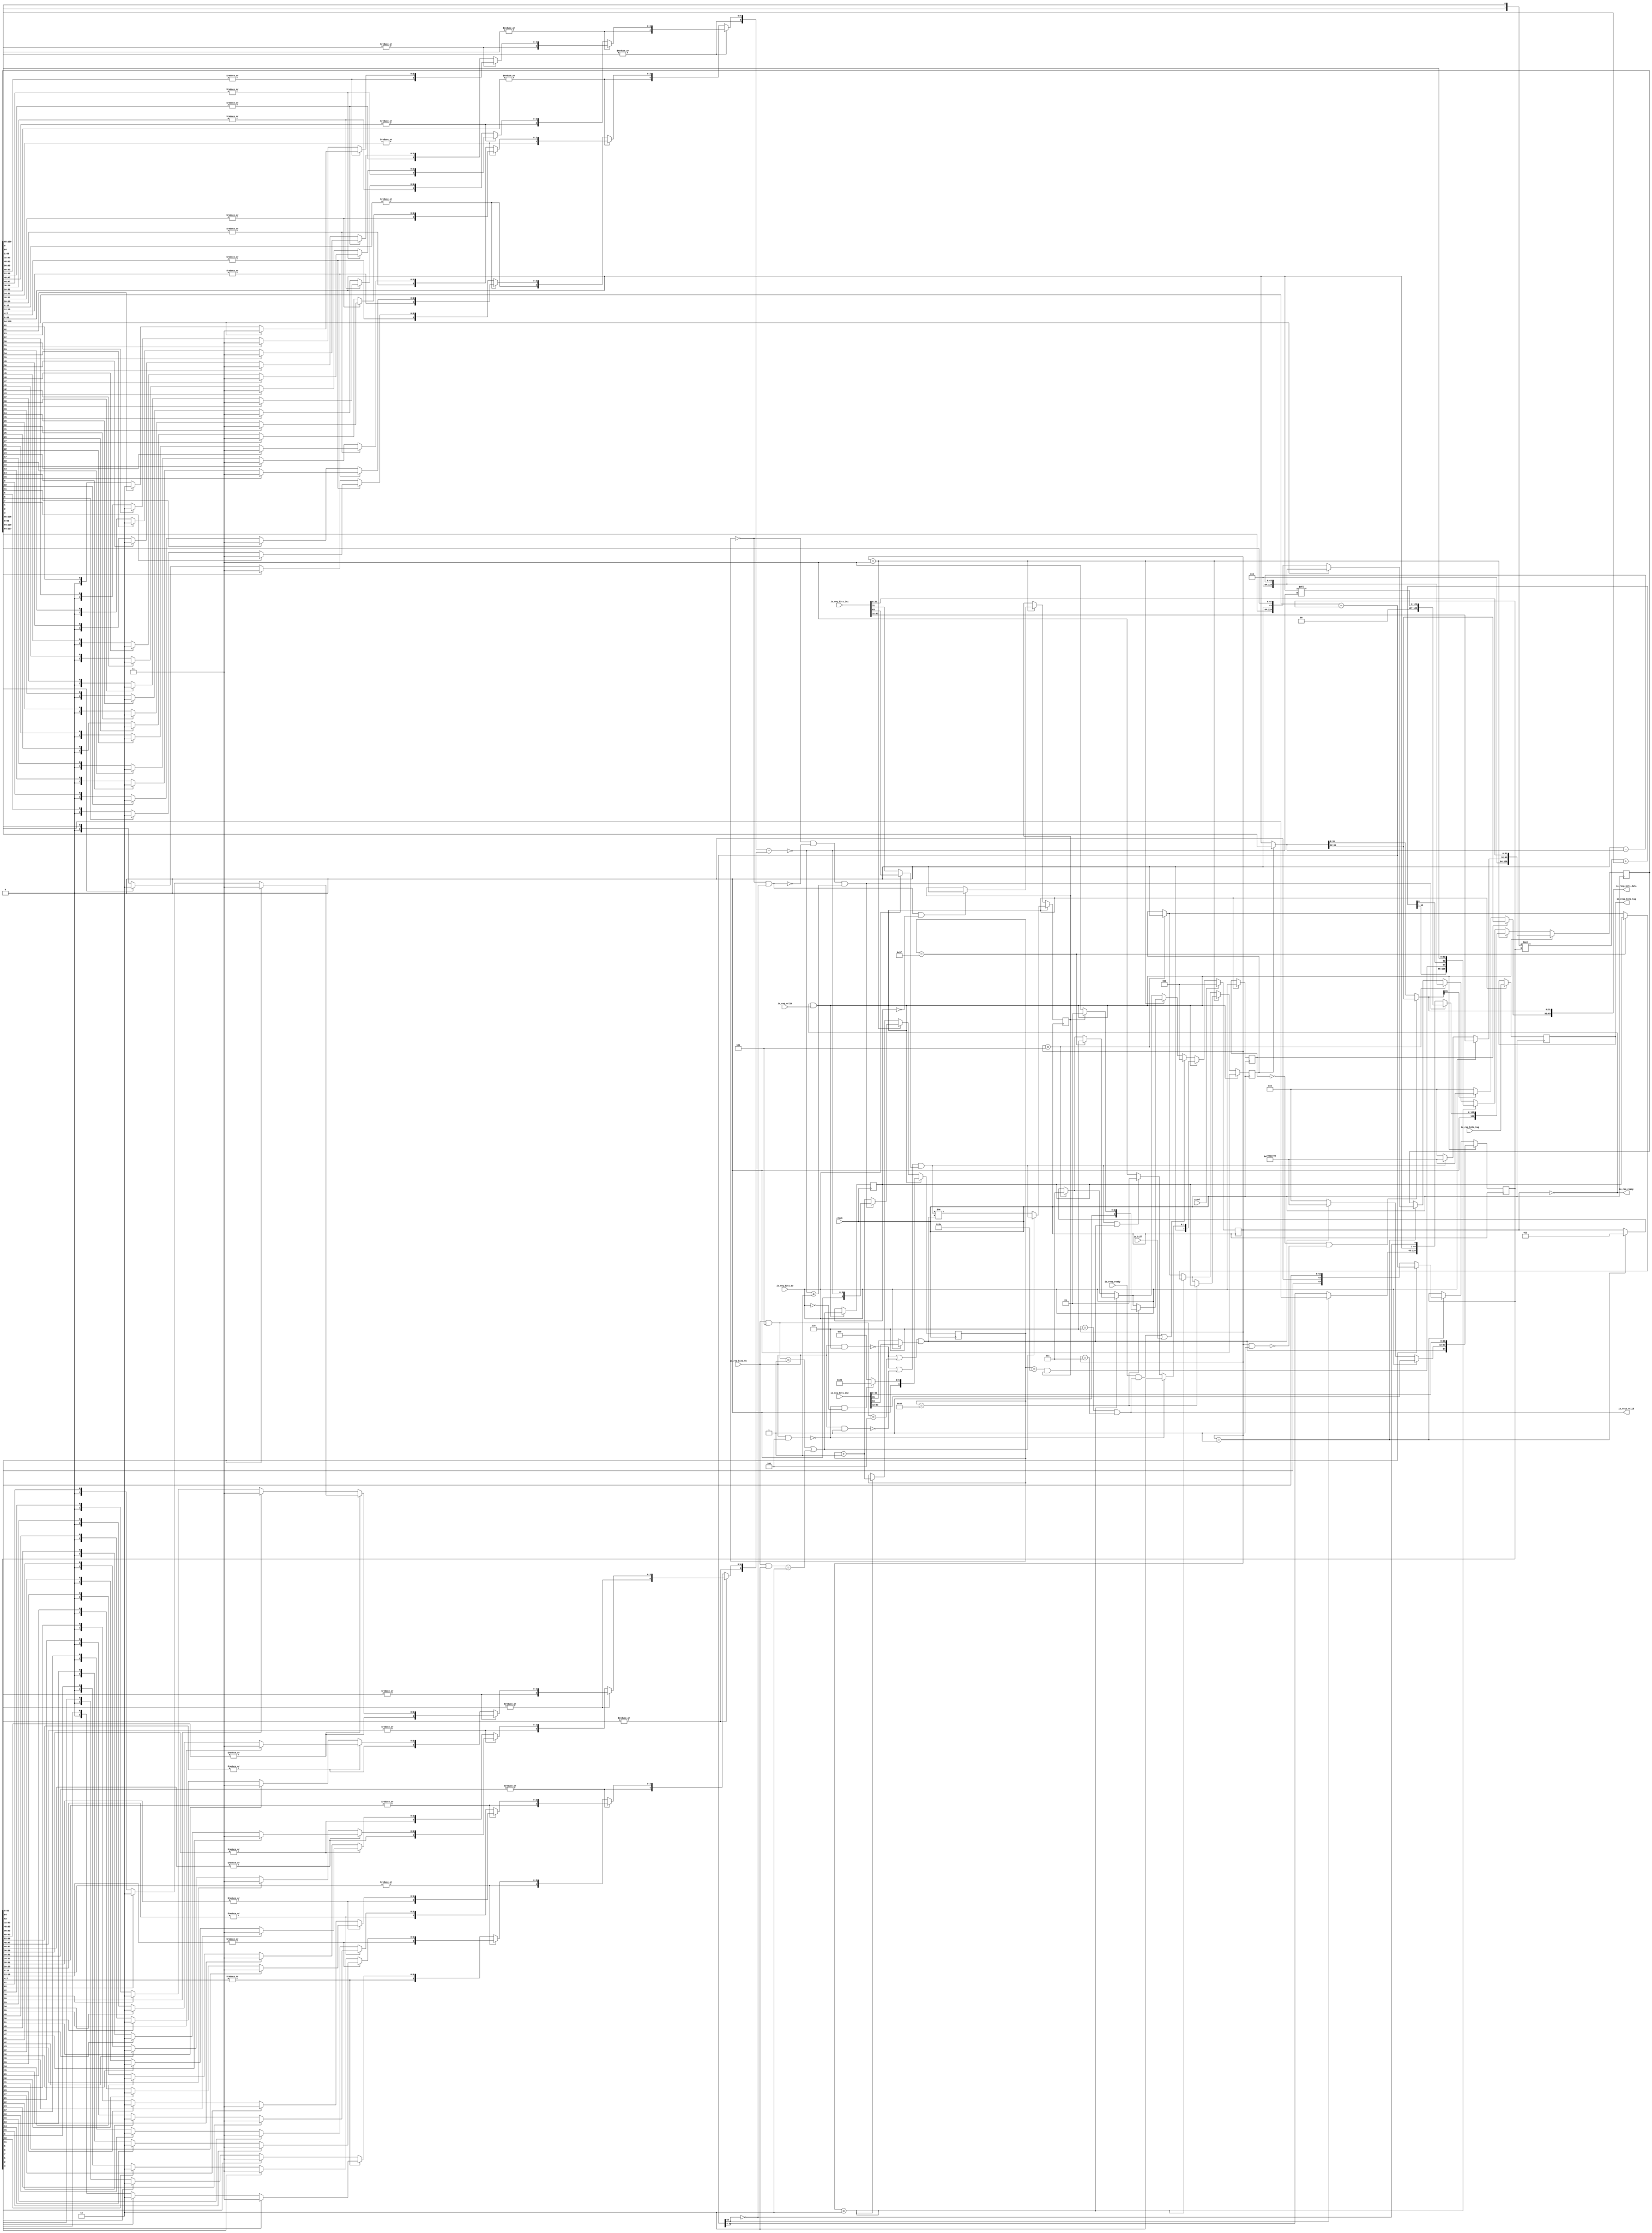
module MulDiv(
  input         clock,
  input         reset,
  output        io_req_ready,
  input         io_req_valid,
  input  [3:0]  io_req_bits_fn,
  input         io_req_bits_dw,
  input  [63:0] io_req_bits_in1,
  input  [63:0] io_req_bits_in2,
  input  [4:0]  io_req_bits_tag,
  input         io_kill,
  input         io_resp_ready,
  output        io_resp_valid,
  output [63:0] io_resp_bits_data,
  output [4:0]  io_resp_bits_tag
);
`ifdef RANDOMIZE_REG_INIT
  reg [31:0] _RAND_0;
  reg [31:0] _RAND_1;
  reg [31:0] _RAND_2;
  reg [31:0] _RAND_3;
  reg [31:0] _RAND_4;
  reg [31:0] _RAND_5;
  reg [31:0] _RAND_6;
  reg [95:0] _RAND_7;
  reg [159:0] _RAND_8;
`endif // RANDOMIZE_REG_INIT
  reg [2:0] state; // @[Multiplier.scala 52:22]
  reg  req_dw; // @[Multiplier.scala 54:16]
  reg [4:0] req_tag; // @[Multiplier.scala 54:16]
  reg [6:0] count; // @[Multiplier.scala 55:18]
  reg  neg_out; // @[Multiplier.scala 58:20]
  reg  isHi; // @[Multiplier.scala 59:17]
  reg  resHi; // @[Multiplier.scala 60:18]
  reg [64:0] divisor; // @[Multiplier.scala 61:20]
  reg [129:0] remainder; // @[Multiplier.scala 62:22]
  wire [3:0] _T = io_req_bits_fn & 4'h4; // @[Decode.scala 14:65]
  wire  cmdMul = _T == 4'h0; // @[Decode.scala 14:121]
  wire [3:0] _T_3 = io_req_bits_fn & 4'h5; // @[Decode.scala 14:65]
  wire  _T_4 = _T_3 == 4'h1; // @[Decode.scala 14:121]
  wire [3:0] _T_5 = io_req_bits_fn & 4'h2; // @[Decode.scala 14:65]
  wire  _T_6 = _T_5 == 4'h2; // @[Decode.scala 14:121]
  wire  cmdHi = _T_4 | _T_6; // @[Decode.scala 15:30]
  wire [3:0] _T_9 = io_req_bits_fn & 4'h6; // @[Decode.scala 14:65]
  wire  _T_10 = _T_9 == 4'h0; // @[Decode.scala 14:121]
  wire [3:0] _T_11 = io_req_bits_fn & 4'h1; // @[Decode.scala 14:65]
  wire  _T_12 = _T_11 == 4'h0; // @[Decode.scala 14:121]
  wire  lhsSigned = _T_10 | _T_12; // @[Decode.scala 15:30]
  wire  _T_16 = _T_3 == 4'h4; // @[Decode.scala 14:121]
  wire  rhsSigned = _T_10 | _T_16; // @[Decode.scala 15:30]
  wire  _T_19 = ~io_req_bits_dw; // @[Multiplier.scala 79:60]
  wire  _sign_T_2 = _T_19 ? io_req_bits_in1[31] : io_req_bits_in1[63]; // @[Multiplier.scala 82:29]
  wire  lhs_sign = lhsSigned & _sign_T_2; // @[Multiplier.scala 82:23]
  wire [31:0] _hi_T_1 = lhs_sign ? 32'hffffffff : 32'h0; // @[Bitwise.scala 72:12]
  wire [31:0] hi = _T_19 ? _hi_T_1 : io_req_bits_in1[63:32]; // @[Multiplier.scala 83:17]
  wire [31:0] lo = io_req_bits_in1[31:0]; // @[Multiplier.scala 84:15]
  wire [63:0] lhs_in = {hi,lo}; // @[Cat.scala 30:58]
  wire  _sign_T_5 = _T_19 ? io_req_bits_in2[31] : io_req_bits_in2[63]; // @[Multiplier.scala 82:29]
  wire  rhs_sign = rhsSigned & _sign_T_5; // @[Multiplier.scala 82:23]
  wire [31:0] _hi_T_4 = rhs_sign ? 32'hffffffff : 32'h0; // @[Bitwise.scala 72:12]
  wire [31:0] hi_1 = _T_19 ? _hi_T_4 : io_req_bits_in2[63:32]; // @[Multiplier.scala 83:17]
  wire [31:0] lo_1 = io_req_bits_in2[31:0]; // @[Multiplier.scala 84:15]
  wire [64:0] subtractor = remainder[128:64] - divisor; // @[Multiplier.scala 89:37]
  wire [63:0] result = resHi ? remainder[128:65] : remainder[63:0]; // @[Multiplier.scala 90:19]
  wire [63:0] negated_remainder = 64'h0 - result; // @[Multiplier.scala 91:27]
  wire [129:0] _GEN_0 = remainder[63] ? {{66'd0}, negated_remainder} : remainder; // @[Multiplier.scala 94:27 Multiplier.scala 95:17 Multiplier.scala 62:22]
  wire [129:0] _GEN_2 = state == 3'h1 ? _GEN_0 : remainder; // @[Multiplier.scala 93:57 Multiplier.scala 62:22]
  wire [2:0] _GEN_4 = state == 3'h1 ? 3'h3 : state; // @[Multiplier.scala 93:57 Multiplier.scala 100:11 Multiplier.scala 52:22]
  wire [2:0] _GEN_6 = state == 3'h5 ? 3'h7 : _GEN_4; // @[Multiplier.scala 102:57 Multiplier.scala 104:11]
  wire  _GEN_7 = state == 3'h5 ? 1'h0 : resHi; // @[Multiplier.scala 102:57 Multiplier.scala 105:11 Multiplier.scala 60:18]
  wire [64:0] mulReg_hi = remainder[129:65]; // @[Multiplier.scala 108:31]
  wire [128:0] mulReg = {mulReg_hi,remainder[63:0]}; // @[Cat.scala 30:58]
  wire  prod_hi = remainder[64]; // @[Multiplier.scala 109:31]
  wire [63:0] mplier = mulReg[63:0]; // @[Multiplier.scala 110:24]
  wire [64:0] accum = mulReg[128:64]; // @[Multiplier.scala 111:37]
  wire  prod_lo = mplier[0]; // @[Multiplier.scala 113:38]
  wire [1:0] _prod_T_1 = {prod_hi,prod_lo}; // @[Multiplier.scala 113:60]
  wire [66:0] _prod_T_2 = $signed(_prod_T_1) * $signed(divisor); // @[Multiplier.scala 113:67]
  wire [66:0] _GEN_37 = {{2{accum[64]}},accum}; // @[Multiplier.scala 113:76]
  wire [62:0] nextMulReg_lo = mplier[63:1]; // @[Multiplier.scala 114:38]
  wire [66:0] nextMulReg_hi = $signed(_prod_T_2) + $signed(_GEN_37); // @[Cat.scala 30:58]
  wire [129:0] nextMulReg = {nextMulReg_hi,nextMulReg_lo}; // @[Cat.scala 30:58]
  wire  remainder_hi_lo = count == 7'h3e & neg_out; // @[Multiplier.scala 115:57]
  wire  _eOut_T_4 = ~isHi; // @[Multiplier.scala 119:7]
  wire [64:0] nextMulReg1_hi = nextMulReg[128:64]; // @[Multiplier.scala 121:37]
  wire [63:0] nextMulReg1_lo = nextMulReg[63:0]; // @[Multiplier.scala 121:82]
  wire [128:0] nextMulReg1 = {nextMulReg1_hi,nextMulReg1_lo}; // @[Cat.scala 30:58]
  wire [64:0] remainder_hi_hi = nextMulReg1[128:64]; // @[Multiplier.scala 122:34]
  wire [63:0] remainder_lo = nextMulReg1[63:0]; // @[Multiplier.scala 122:67]
  wire [129:0] _remainder_T = {remainder_hi_hi,remainder_hi_lo,remainder_lo}; // @[Cat.scala 30:58]
  wire [6:0] _count_T_1 = count + 7'h1; // @[Multiplier.scala 124:20]
  wire [2:0] _GEN_8 = count == 7'h3f ? 3'h6 : _GEN_6; // @[Multiplier.scala 125:51 Multiplier.scala 126:13]
  wire  _GEN_9 = count == 7'h3f ? isHi : _GEN_7; // @[Multiplier.scala 125:51 Multiplier.scala 127:13]
  wire [2:0] _GEN_12 = state == 3'h2 ? _GEN_8 : _GEN_6; // @[Multiplier.scala 107:50]
  wire  _GEN_13 = state == 3'h2 ? _GEN_9 : _GEN_7; // @[Multiplier.scala 107:50]
  wire  unrolls_less = subtractor[64]; // @[Multiplier.scala 134:28]
  wire [63:0] unrolls_hi_hi = unrolls_less ? remainder[127:64] : subtractor[63:0]; // @[Multiplier.scala 135:14]
  wire  unrolls_lo = ~unrolls_less; // @[Multiplier.scala 135:67]
  wire [128:0] unrolls_0 = {unrolls_hi_hi,remainder[63:0],unrolls_lo}; // @[Cat.scala 30:58]
  wire [2:0] _state_T = neg_out ? 3'h5 : 3'h7; // @[Multiplier.scala 140:19]
  wire [2:0] _GEN_14 = count == 7'h40 ? _state_T : _GEN_12; // @[Multiplier.scala 139:38 Multiplier.scala 140:13]
  wire  _divby0_T = count == 7'h0; // @[Multiplier.scala 147:24]
  wire  divby0 = count == 7'h0 & unrolls_lo; // @[Multiplier.scala 147:30]
  wire [31:0] divisorMSB_hi = divisor[63:32]; // @[CircuitMath.scala 35:17]
  wire [31:0] divisorMSB_lo = divisor[31:0]; // @[CircuitMath.scala 36:17]
  wire  divisorMSB_hi_1 = |divisorMSB_hi; // @[CircuitMath.scala 37:22]
  wire [15:0] divisorMSB_hi_2 = divisorMSB_hi[31:16]; // @[CircuitMath.scala 35:17]
  wire [15:0] divisorMSB_lo_1 = divisorMSB_hi[15:0]; // @[CircuitMath.scala 36:17]
  wire  divisorMSB_hi_3 = |divisorMSB_hi_2; // @[CircuitMath.scala 37:22]
  wire [7:0] divisorMSB_hi_4 = divisorMSB_hi_2[15:8]; // @[CircuitMath.scala 35:17]
  wire [7:0] divisorMSB_lo_2 = divisorMSB_hi_2[7:0]; // @[CircuitMath.scala 36:17]
  wire  divisorMSB_hi_5 = |divisorMSB_hi_4; // @[CircuitMath.scala 37:22]
  wire [3:0] divisorMSB_hi_6 = divisorMSB_hi_4[7:4]; // @[CircuitMath.scala 35:17]
  wire [3:0] divisorMSB_lo_3 = divisorMSB_hi_4[3:0]; // @[CircuitMath.scala 36:17]
  wire  divisorMSB_hi_7 = |divisorMSB_hi_6; // @[CircuitMath.scala 37:22]
  wire [1:0] _divisorMSB_T_4 = divisorMSB_hi_6[2] ? 2'h2 : {{1'd0}, divisorMSB_hi_6[1]}; // @[CircuitMath.scala 32:10]
  wire [1:0] _divisorMSB_T_5 = divisorMSB_hi_6[3] ? 2'h3 : _divisorMSB_T_4; // @[CircuitMath.scala 32:10]
  wire [1:0] _divisorMSB_T_9 = divisorMSB_lo_3[2] ? 2'h2 : {{1'd0}, divisorMSB_lo_3[1]}; // @[CircuitMath.scala 32:10]
  wire [1:0] _divisorMSB_T_10 = divisorMSB_lo_3[3] ? 2'h3 : _divisorMSB_T_9; // @[CircuitMath.scala 32:10]
  wire [1:0] divisorMSB_lo_4 = divisorMSB_hi_7 ? _divisorMSB_T_5 : _divisorMSB_T_10; // @[CircuitMath.scala 38:21]
  wire [2:0] _divisorMSB_T_11 = {divisorMSB_hi_7,divisorMSB_lo_4}; // @[Cat.scala 30:58]
  wire [3:0] divisorMSB_hi_8 = divisorMSB_lo_2[7:4]; // @[CircuitMath.scala 35:17]
  wire [3:0] divisorMSB_lo_5 = divisorMSB_lo_2[3:0]; // @[CircuitMath.scala 36:17]
  wire  divisorMSB_hi_9 = |divisorMSB_hi_8; // @[CircuitMath.scala 37:22]
  wire [1:0] _divisorMSB_T_15 = divisorMSB_hi_8[2] ? 2'h2 : {{1'd0}, divisorMSB_hi_8[1]}; // @[CircuitMath.scala 32:10]
  wire [1:0] _divisorMSB_T_16 = divisorMSB_hi_8[3] ? 2'h3 : _divisorMSB_T_15; // @[CircuitMath.scala 32:10]
  wire [1:0] _divisorMSB_T_20 = divisorMSB_lo_5[2] ? 2'h2 : {{1'd0}, divisorMSB_lo_5[1]}; // @[CircuitMath.scala 32:10]
  wire [1:0] _divisorMSB_T_21 = divisorMSB_lo_5[3] ? 2'h3 : _divisorMSB_T_20; // @[CircuitMath.scala 32:10]
  wire [1:0] divisorMSB_lo_6 = divisorMSB_hi_9 ? _divisorMSB_T_16 : _divisorMSB_T_21; // @[CircuitMath.scala 38:21]
  wire [2:0] _divisorMSB_T_22 = {divisorMSB_hi_9,divisorMSB_lo_6}; // @[Cat.scala 30:58]
  wire [2:0] divisorMSB_lo_7 = divisorMSB_hi_5 ? _divisorMSB_T_11 : _divisorMSB_T_22; // @[CircuitMath.scala 38:21]
  wire [3:0] _divisorMSB_T_23 = {divisorMSB_hi_5,divisorMSB_lo_7}; // @[Cat.scala 30:58]
  wire [7:0] divisorMSB_hi_10 = divisorMSB_lo_1[15:8]; // @[CircuitMath.scala 35:17]
  wire [7:0] divisorMSB_lo_8 = divisorMSB_lo_1[7:0]; // @[CircuitMath.scala 36:17]
  wire  divisorMSB_hi_11 = |divisorMSB_hi_10; // @[CircuitMath.scala 37:22]
  wire [3:0] divisorMSB_hi_12 = divisorMSB_hi_10[7:4]; // @[CircuitMath.scala 35:17]
  wire [3:0] divisorMSB_lo_9 = divisorMSB_hi_10[3:0]; // @[CircuitMath.scala 36:17]
  wire  divisorMSB_hi_13 = |divisorMSB_hi_12; // @[CircuitMath.scala 37:22]
  wire [1:0] _divisorMSB_T_27 = divisorMSB_hi_12[2] ? 2'h2 : {{1'd0}, divisorMSB_hi_12[1]}; // @[CircuitMath.scala 32:10]
  wire [1:0] _divisorMSB_T_28 = divisorMSB_hi_12[3] ? 2'h3 : _divisorMSB_T_27; // @[CircuitMath.scala 32:10]
  wire [1:0] _divisorMSB_T_32 = divisorMSB_lo_9[2] ? 2'h2 : {{1'd0}, divisorMSB_lo_9[1]}; // @[CircuitMath.scala 32:10]
  wire [1:0] _divisorMSB_T_33 = divisorMSB_lo_9[3] ? 2'h3 : _divisorMSB_T_32; // @[CircuitMath.scala 32:10]
  wire [1:0] divisorMSB_lo_10 = divisorMSB_hi_13 ? _divisorMSB_T_28 : _divisorMSB_T_33; // @[CircuitMath.scala 38:21]
  wire [2:0] _divisorMSB_T_34 = {divisorMSB_hi_13,divisorMSB_lo_10}; // @[Cat.scala 30:58]
  wire [3:0] divisorMSB_hi_14 = divisorMSB_lo_8[7:4]; // @[CircuitMath.scala 35:17]
  wire [3:0] divisorMSB_lo_11 = divisorMSB_lo_8[3:0]; // @[CircuitMath.scala 36:17]
  wire  divisorMSB_hi_15 = |divisorMSB_hi_14; // @[CircuitMath.scala 37:22]
  wire [1:0] _divisorMSB_T_38 = divisorMSB_hi_14[2] ? 2'h2 : {{1'd0}, divisorMSB_hi_14[1]}; // @[CircuitMath.scala 32:10]
  wire [1:0] _divisorMSB_T_39 = divisorMSB_hi_14[3] ? 2'h3 : _divisorMSB_T_38; // @[CircuitMath.scala 32:10]
  wire [1:0] _divisorMSB_T_43 = divisorMSB_lo_11[2] ? 2'h2 : {{1'd0}, divisorMSB_lo_11[1]}; // @[CircuitMath.scala 32:10]
  wire [1:0] _divisorMSB_T_44 = divisorMSB_lo_11[3] ? 2'h3 : _divisorMSB_T_43; // @[CircuitMath.scala 32:10]
  wire [1:0] divisorMSB_lo_12 = divisorMSB_hi_15 ? _divisorMSB_T_39 : _divisorMSB_T_44; // @[CircuitMath.scala 38:21]
  wire [2:0] _divisorMSB_T_45 = {divisorMSB_hi_15,divisorMSB_lo_12}; // @[Cat.scala 30:58]
  wire [2:0] divisorMSB_lo_13 = divisorMSB_hi_11 ? _divisorMSB_T_34 : _divisorMSB_T_45; // @[CircuitMath.scala 38:21]
  wire [3:0] _divisorMSB_T_46 = {divisorMSB_hi_11,divisorMSB_lo_13}; // @[Cat.scala 30:58]
  wire [3:0] divisorMSB_lo_14 = divisorMSB_hi_3 ? _divisorMSB_T_23 : _divisorMSB_T_46; // @[CircuitMath.scala 38:21]
  wire [4:0] _divisorMSB_T_47 = {divisorMSB_hi_3,divisorMSB_lo_14}; // @[Cat.scala 30:58]
  wire [15:0] divisorMSB_hi_16 = divisorMSB_lo[31:16]; // @[CircuitMath.scala 35:17]
  wire [15:0] divisorMSB_lo_15 = divisorMSB_lo[15:0]; // @[CircuitMath.scala 36:17]
  wire  divisorMSB_hi_17 = |divisorMSB_hi_16; // @[CircuitMath.scala 37:22]
  wire [7:0] divisorMSB_hi_18 = divisorMSB_hi_16[15:8]; // @[CircuitMath.scala 35:17]
  wire [7:0] divisorMSB_lo_16 = divisorMSB_hi_16[7:0]; // @[CircuitMath.scala 36:17]
  wire  divisorMSB_hi_19 = |divisorMSB_hi_18; // @[CircuitMath.scala 37:22]
  wire [3:0] divisorMSB_hi_20 = divisorMSB_hi_18[7:4]; // @[CircuitMath.scala 35:17]
  wire [3:0] divisorMSB_lo_17 = divisorMSB_hi_18[3:0]; // @[CircuitMath.scala 36:17]
  wire  divisorMSB_hi_21 = |divisorMSB_hi_20; // @[CircuitMath.scala 37:22]
  wire [1:0] _divisorMSB_T_51 = divisorMSB_hi_20[2] ? 2'h2 : {{1'd0}, divisorMSB_hi_20[1]}; // @[CircuitMath.scala 32:10]
  wire [1:0] _divisorMSB_T_52 = divisorMSB_hi_20[3] ? 2'h3 : _divisorMSB_T_51; // @[CircuitMath.scala 32:10]
  wire [1:0] _divisorMSB_T_56 = divisorMSB_lo_17[2] ? 2'h2 : {{1'd0}, divisorMSB_lo_17[1]}; // @[CircuitMath.scala 32:10]
  wire [1:0] _divisorMSB_T_57 = divisorMSB_lo_17[3] ? 2'h3 : _divisorMSB_T_56; // @[CircuitMath.scala 32:10]
  wire [1:0] divisorMSB_lo_18 = divisorMSB_hi_21 ? _divisorMSB_T_52 : _divisorMSB_T_57; // @[CircuitMath.scala 38:21]
  wire [2:0] _divisorMSB_T_58 = {divisorMSB_hi_21,divisorMSB_lo_18}; // @[Cat.scala 30:58]
  wire [3:0] divisorMSB_hi_22 = divisorMSB_lo_16[7:4]; // @[CircuitMath.scala 35:17]
  wire [3:0] divisorMSB_lo_19 = divisorMSB_lo_16[3:0]; // @[CircuitMath.scala 36:17]
  wire  divisorMSB_hi_23 = |divisorMSB_hi_22; // @[CircuitMath.scala 37:22]
  wire [1:0] _divisorMSB_T_62 = divisorMSB_hi_22[2] ? 2'h2 : {{1'd0}, divisorMSB_hi_22[1]}; // @[CircuitMath.scala 32:10]
  wire [1:0] _divisorMSB_T_63 = divisorMSB_hi_22[3] ? 2'h3 : _divisorMSB_T_62; // @[CircuitMath.scala 32:10]
  wire [1:0] _divisorMSB_T_67 = divisorMSB_lo_19[2] ? 2'h2 : {{1'd0}, divisorMSB_lo_19[1]}; // @[CircuitMath.scala 32:10]
  wire [1:0] _divisorMSB_T_68 = divisorMSB_lo_19[3] ? 2'h3 : _divisorMSB_T_67; // @[CircuitMath.scala 32:10]
  wire [1:0] divisorMSB_lo_20 = divisorMSB_hi_23 ? _divisorMSB_T_63 : _divisorMSB_T_68; // @[CircuitMath.scala 38:21]
  wire [2:0] _divisorMSB_T_69 = {divisorMSB_hi_23,divisorMSB_lo_20}; // @[Cat.scala 30:58]
  wire [2:0] divisorMSB_lo_21 = divisorMSB_hi_19 ? _divisorMSB_T_58 : _divisorMSB_T_69; // @[CircuitMath.scala 38:21]
  wire [3:0] _divisorMSB_T_70 = {divisorMSB_hi_19,divisorMSB_lo_21}; // @[Cat.scala 30:58]
  wire [7:0] divisorMSB_hi_24 = divisorMSB_lo_15[15:8]; // @[CircuitMath.scala 35:17]
  wire [7:0] divisorMSB_lo_22 = divisorMSB_lo_15[7:0]; // @[CircuitMath.scala 36:17]
  wire  divisorMSB_hi_25 = |divisorMSB_hi_24; // @[CircuitMath.scala 37:22]
  wire [3:0] divisorMSB_hi_26 = divisorMSB_hi_24[7:4]; // @[CircuitMath.scala 35:17]
  wire [3:0] divisorMSB_lo_23 = divisorMSB_hi_24[3:0]; // @[CircuitMath.scala 36:17]
  wire  divisorMSB_hi_27 = |divisorMSB_hi_26; // @[CircuitMath.scala 37:22]
  wire [1:0] _divisorMSB_T_74 = divisorMSB_hi_26[2] ? 2'h2 : {{1'd0}, divisorMSB_hi_26[1]}; // @[CircuitMath.scala 32:10]
  wire [1:0] _divisorMSB_T_75 = divisorMSB_hi_26[3] ? 2'h3 : _divisorMSB_T_74; // @[CircuitMath.scala 32:10]
  wire [1:0] _divisorMSB_T_79 = divisorMSB_lo_23[2] ? 2'h2 : {{1'd0}, divisorMSB_lo_23[1]}; // @[CircuitMath.scala 32:10]
  wire [1:0] _divisorMSB_T_80 = divisorMSB_lo_23[3] ? 2'h3 : _divisorMSB_T_79; // @[CircuitMath.scala 32:10]
  wire [1:0] divisorMSB_lo_24 = divisorMSB_hi_27 ? _divisorMSB_T_75 : _divisorMSB_T_80; // @[CircuitMath.scala 38:21]
  wire [2:0] _divisorMSB_T_81 = {divisorMSB_hi_27,divisorMSB_lo_24}; // @[Cat.scala 30:58]
  wire [3:0] divisorMSB_hi_28 = divisorMSB_lo_22[7:4]; // @[CircuitMath.scala 35:17]
  wire [3:0] divisorMSB_lo_25 = divisorMSB_lo_22[3:0]; // @[CircuitMath.scala 36:17]
  wire  divisorMSB_hi_29 = |divisorMSB_hi_28; // @[CircuitMath.scala 37:22]
  wire [1:0] _divisorMSB_T_85 = divisorMSB_hi_28[2] ? 2'h2 : {{1'd0}, divisorMSB_hi_28[1]}; // @[CircuitMath.scala 32:10]
  wire [1:0] _divisorMSB_T_86 = divisorMSB_hi_28[3] ? 2'h3 : _divisorMSB_T_85; // @[CircuitMath.scala 32:10]
  wire [1:0] _divisorMSB_T_90 = divisorMSB_lo_25[2] ? 2'h2 : {{1'd0}, divisorMSB_lo_25[1]}; // @[CircuitMath.scala 32:10]
  wire [1:0] _divisorMSB_T_91 = divisorMSB_lo_25[3] ? 2'h3 : _divisorMSB_T_90; // @[CircuitMath.scala 32:10]
  wire [1:0] divisorMSB_lo_26 = divisorMSB_hi_29 ? _divisorMSB_T_86 : _divisorMSB_T_91; // @[CircuitMath.scala 38:21]
  wire [2:0] _divisorMSB_T_92 = {divisorMSB_hi_29,divisorMSB_lo_26}; // @[Cat.scala 30:58]
  wire [2:0] divisorMSB_lo_27 = divisorMSB_hi_25 ? _divisorMSB_T_81 : _divisorMSB_T_92; // @[CircuitMath.scala 38:21]
  wire [3:0] _divisorMSB_T_93 = {divisorMSB_hi_25,divisorMSB_lo_27}; // @[Cat.scala 30:58]
  wire [3:0] divisorMSB_lo_28 = divisorMSB_hi_17 ? _divisorMSB_T_70 : _divisorMSB_T_93; // @[CircuitMath.scala 38:21]
  wire [4:0] _divisorMSB_T_94 = {divisorMSB_hi_17,divisorMSB_lo_28}; // @[Cat.scala 30:58]
  wire [4:0] divisorMSB_lo_29 = divisorMSB_hi_1 ? _divisorMSB_T_47 : _divisorMSB_T_94; // @[CircuitMath.scala 38:21]
  wire [5:0] divisorMSB = {divisorMSB_hi_1,divisorMSB_lo_29}; // @[Cat.scala 30:58]
  wire [31:0] dividendMSB_hi = remainder[63:32]; // @[CircuitMath.scala 35:17]
  wire [31:0] dividendMSB_lo = remainder[31:0]; // @[CircuitMath.scala 36:17]
  wire  dividendMSB_hi_1 = |dividendMSB_hi; // @[CircuitMath.scala 37:22]
  wire [15:0] dividendMSB_hi_2 = dividendMSB_hi[31:16]; // @[CircuitMath.scala 35:17]
  wire [15:0] dividendMSB_lo_1 = dividendMSB_hi[15:0]; // @[CircuitMath.scala 36:17]
  wire  dividendMSB_hi_3 = |dividendMSB_hi_2; // @[CircuitMath.scala 37:22]
  wire [7:0] dividendMSB_hi_4 = dividendMSB_hi_2[15:8]; // @[CircuitMath.scala 35:17]
  wire [7:0] dividendMSB_lo_2 = dividendMSB_hi_2[7:0]; // @[CircuitMath.scala 36:17]
  wire  dividendMSB_hi_5 = |dividendMSB_hi_4; // @[CircuitMath.scala 37:22]
  wire [3:0] dividendMSB_hi_6 = dividendMSB_hi_4[7:4]; // @[CircuitMath.scala 35:17]
  wire [3:0] dividendMSB_lo_3 = dividendMSB_hi_4[3:0]; // @[CircuitMath.scala 36:17]
  wire  dividendMSB_hi_7 = |dividendMSB_hi_6; // @[CircuitMath.scala 37:22]
  wire [1:0] _dividendMSB_T_4 = dividendMSB_hi_6[2] ? 2'h2 : {{1'd0}, dividendMSB_hi_6[1]}; // @[CircuitMath.scala 32:10]
  wire [1:0] _dividendMSB_T_5 = dividendMSB_hi_6[3] ? 2'h3 : _dividendMSB_T_4; // @[CircuitMath.scala 32:10]
  wire [1:0] _dividendMSB_T_9 = dividendMSB_lo_3[2] ? 2'h2 : {{1'd0}, dividendMSB_lo_3[1]}; // @[CircuitMath.scala 32:10]
  wire [1:0] _dividendMSB_T_10 = dividendMSB_lo_3[3] ? 2'h3 : _dividendMSB_T_9; // @[CircuitMath.scala 32:10]
  wire [1:0] dividendMSB_lo_4 = dividendMSB_hi_7 ? _dividendMSB_T_5 : _dividendMSB_T_10; // @[CircuitMath.scala 38:21]
  wire [2:0] _dividendMSB_T_11 = {dividendMSB_hi_7,dividendMSB_lo_4}; // @[Cat.scala 30:58]
  wire [3:0] dividendMSB_hi_8 = dividendMSB_lo_2[7:4]; // @[CircuitMath.scala 35:17]
  wire [3:0] dividendMSB_lo_5 = dividendMSB_lo_2[3:0]; // @[CircuitMath.scala 36:17]
  wire  dividendMSB_hi_9 = |dividendMSB_hi_8; // @[CircuitMath.scala 37:22]
  wire [1:0] _dividendMSB_T_15 = dividendMSB_hi_8[2] ? 2'h2 : {{1'd0}, dividendMSB_hi_8[1]}; // @[CircuitMath.scala 32:10]
  wire [1:0] _dividendMSB_T_16 = dividendMSB_hi_8[3] ? 2'h3 : _dividendMSB_T_15; // @[CircuitMath.scala 32:10]
  wire [1:0] _dividendMSB_T_20 = dividendMSB_lo_5[2] ? 2'h2 : {{1'd0}, dividendMSB_lo_5[1]}; // @[CircuitMath.scala 32:10]
  wire [1:0] _dividendMSB_T_21 = dividendMSB_lo_5[3] ? 2'h3 : _dividendMSB_T_20; // @[CircuitMath.scala 32:10]
  wire [1:0] dividendMSB_lo_6 = dividendMSB_hi_9 ? _dividendMSB_T_16 : _dividendMSB_T_21; // @[CircuitMath.scala 38:21]
  wire [2:0] _dividendMSB_T_22 = {dividendMSB_hi_9,dividendMSB_lo_6}; // @[Cat.scala 30:58]
  wire [2:0] dividendMSB_lo_7 = dividendMSB_hi_5 ? _dividendMSB_T_11 : _dividendMSB_T_22; // @[CircuitMath.scala 38:21]
  wire [3:0] _dividendMSB_T_23 = {dividendMSB_hi_5,dividendMSB_lo_7}; // @[Cat.scala 30:58]
  wire [7:0] dividendMSB_hi_10 = dividendMSB_lo_1[15:8]; // @[CircuitMath.scala 35:17]
  wire [7:0] dividendMSB_lo_8 = dividendMSB_lo_1[7:0]; // @[CircuitMath.scala 36:17]
  wire  dividendMSB_hi_11 = |dividendMSB_hi_10; // @[CircuitMath.scala 37:22]
  wire [3:0] dividendMSB_hi_12 = dividendMSB_hi_10[7:4]; // @[CircuitMath.scala 35:17]
  wire [3:0] dividendMSB_lo_9 = dividendMSB_hi_10[3:0]; // @[CircuitMath.scala 36:17]
  wire  dividendMSB_hi_13 = |dividendMSB_hi_12; // @[CircuitMath.scala 37:22]
  wire [1:0] _dividendMSB_T_27 = dividendMSB_hi_12[2] ? 2'h2 : {{1'd0}, dividendMSB_hi_12[1]}; // @[CircuitMath.scala 32:10]
  wire [1:0] _dividendMSB_T_28 = dividendMSB_hi_12[3] ? 2'h3 : _dividendMSB_T_27; // @[CircuitMath.scala 32:10]
  wire [1:0] _dividendMSB_T_32 = dividendMSB_lo_9[2] ? 2'h2 : {{1'd0}, dividendMSB_lo_9[1]}; // @[CircuitMath.scala 32:10]
  wire [1:0] _dividendMSB_T_33 = dividendMSB_lo_9[3] ? 2'h3 : _dividendMSB_T_32; // @[CircuitMath.scala 32:10]
  wire [1:0] dividendMSB_lo_10 = dividendMSB_hi_13 ? _dividendMSB_T_28 : _dividendMSB_T_33; // @[CircuitMath.scala 38:21]
  wire [2:0] _dividendMSB_T_34 = {dividendMSB_hi_13,dividendMSB_lo_10}; // @[Cat.scala 30:58]
  wire [3:0] dividendMSB_hi_14 = dividendMSB_lo_8[7:4]; // @[CircuitMath.scala 35:17]
  wire [3:0] dividendMSB_lo_11 = dividendMSB_lo_8[3:0]; // @[CircuitMath.scala 36:17]
  wire  dividendMSB_hi_15 = |dividendMSB_hi_14; // @[CircuitMath.scala 37:22]
  wire [1:0] _dividendMSB_T_38 = dividendMSB_hi_14[2] ? 2'h2 : {{1'd0}, dividendMSB_hi_14[1]}; // @[CircuitMath.scala 32:10]
  wire [1:0] _dividendMSB_T_39 = dividendMSB_hi_14[3] ? 2'h3 : _dividendMSB_T_38; // @[CircuitMath.scala 32:10]
  wire [1:0] _dividendMSB_T_43 = dividendMSB_lo_11[2] ? 2'h2 : {{1'd0}, dividendMSB_lo_11[1]}; // @[CircuitMath.scala 32:10]
  wire [1:0] _dividendMSB_T_44 = dividendMSB_lo_11[3] ? 2'h3 : _dividendMSB_T_43; // @[CircuitMath.scala 32:10]
  wire [1:0] dividendMSB_lo_12 = dividendMSB_hi_15 ? _dividendMSB_T_39 : _dividendMSB_T_44; // @[CircuitMath.scala 38:21]
  wire [2:0] _dividendMSB_T_45 = {dividendMSB_hi_15,dividendMSB_lo_12}; // @[Cat.scala 30:58]
  wire [2:0] dividendMSB_lo_13 = dividendMSB_hi_11 ? _dividendMSB_T_34 : _dividendMSB_T_45; // @[CircuitMath.scala 38:21]
  wire [3:0] _dividendMSB_T_46 = {dividendMSB_hi_11,dividendMSB_lo_13}; // @[Cat.scala 30:58]
  wire [3:0] dividendMSB_lo_14 = dividendMSB_hi_3 ? _dividendMSB_T_23 : _dividendMSB_T_46; // @[CircuitMath.scala 38:21]
  wire [4:0] _dividendMSB_T_47 = {dividendMSB_hi_3,dividendMSB_lo_14}; // @[Cat.scala 30:58]
  wire [15:0] dividendMSB_hi_16 = dividendMSB_lo[31:16]; // @[CircuitMath.scala 35:17]
  wire [15:0] dividendMSB_lo_15 = dividendMSB_lo[15:0]; // @[CircuitMath.scala 36:17]
  wire  dividendMSB_hi_17 = |dividendMSB_hi_16; // @[CircuitMath.scala 37:22]
  wire [7:0] dividendMSB_hi_18 = dividendMSB_hi_16[15:8]; // @[CircuitMath.scala 35:17]
  wire [7:0] dividendMSB_lo_16 = dividendMSB_hi_16[7:0]; // @[CircuitMath.scala 36:17]
  wire  dividendMSB_hi_19 = |dividendMSB_hi_18; // @[CircuitMath.scala 37:22]
  wire [3:0] dividendMSB_hi_20 = dividendMSB_hi_18[7:4]; // @[CircuitMath.scala 35:17]
  wire [3:0] dividendMSB_lo_17 = dividendMSB_hi_18[3:0]; // @[CircuitMath.scala 36:17]
  wire  dividendMSB_hi_21 = |dividendMSB_hi_20; // @[CircuitMath.scala 37:22]
  wire [1:0] _dividendMSB_T_51 = dividendMSB_hi_20[2] ? 2'h2 : {{1'd0}, dividendMSB_hi_20[1]}; // @[CircuitMath.scala 32:10]
  wire [1:0] _dividendMSB_T_52 = dividendMSB_hi_20[3] ? 2'h3 : _dividendMSB_T_51; // @[CircuitMath.scala 32:10]
  wire [1:0] _dividendMSB_T_56 = dividendMSB_lo_17[2] ? 2'h2 : {{1'd0}, dividendMSB_lo_17[1]}; // @[CircuitMath.scala 32:10]
  wire [1:0] _dividendMSB_T_57 = dividendMSB_lo_17[3] ? 2'h3 : _dividendMSB_T_56; // @[CircuitMath.scala 32:10]
  wire [1:0] dividendMSB_lo_18 = dividendMSB_hi_21 ? _dividendMSB_T_52 : _dividendMSB_T_57; // @[CircuitMath.scala 38:21]
  wire [2:0] _dividendMSB_T_58 = {dividendMSB_hi_21,dividendMSB_lo_18}; // @[Cat.scala 30:58]
  wire [3:0] dividendMSB_hi_22 = dividendMSB_lo_16[7:4]; // @[CircuitMath.scala 35:17]
  wire [3:0] dividendMSB_lo_19 = dividendMSB_lo_16[3:0]; // @[CircuitMath.scala 36:17]
  wire  dividendMSB_hi_23 = |dividendMSB_hi_22; // @[CircuitMath.scala 37:22]
  wire [1:0] _dividendMSB_T_62 = dividendMSB_hi_22[2] ? 2'h2 : {{1'd0}, dividendMSB_hi_22[1]}; // @[CircuitMath.scala 32:10]
  wire [1:0] _dividendMSB_T_63 = dividendMSB_hi_22[3] ? 2'h3 : _dividendMSB_T_62; // @[CircuitMath.scala 32:10]
  wire [1:0] _dividendMSB_T_67 = dividendMSB_lo_19[2] ? 2'h2 : {{1'd0}, dividendMSB_lo_19[1]}; // @[CircuitMath.scala 32:10]
  wire [1:0] _dividendMSB_T_68 = dividendMSB_lo_19[3] ? 2'h3 : _dividendMSB_T_67; // @[CircuitMath.scala 32:10]
  wire [1:0] dividendMSB_lo_20 = dividendMSB_hi_23 ? _dividendMSB_T_63 : _dividendMSB_T_68; // @[CircuitMath.scala 38:21]
  wire [2:0] _dividendMSB_T_69 = {dividendMSB_hi_23,dividendMSB_lo_20}; // @[Cat.scala 30:58]
  wire [2:0] dividendMSB_lo_21 = dividendMSB_hi_19 ? _dividendMSB_T_58 : _dividendMSB_T_69; // @[CircuitMath.scala 38:21]
  wire [3:0] _dividendMSB_T_70 = {dividendMSB_hi_19,dividendMSB_lo_21}; // @[Cat.scala 30:58]
  wire [7:0] dividendMSB_hi_24 = dividendMSB_lo_15[15:8]; // @[CircuitMath.scala 35:17]
  wire [7:0] dividendMSB_lo_22 = dividendMSB_lo_15[7:0]; // @[CircuitMath.scala 36:17]
  wire  dividendMSB_hi_25 = |dividendMSB_hi_24; // @[CircuitMath.scala 37:22]
  wire [3:0] dividendMSB_hi_26 = dividendMSB_hi_24[7:4]; // @[CircuitMath.scala 35:17]
  wire [3:0] dividendMSB_lo_23 = dividendMSB_hi_24[3:0]; // @[CircuitMath.scala 36:17]
  wire  dividendMSB_hi_27 = |dividendMSB_hi_26; // @[CircuitMath.scala 37:22]
  wire [1:0] _dividendMSB_T_74 = dividendMSB_hi_26[2] ? 2'h2 : {{1'd0}, dividendMSB_hi_26[1]}; // @[CircuitMath.scala 32:10]
  wire [1:0] _dividendMSB_T_75 = dividendMSB_hi_26[3] ? 2'h3 : _dividendMSB_T_74; // @[CircuitMath.scala 32:10]
  wire [1:0] _dividendMSB_T_79 = dividendMSB_lo_23[2] ? 2'h2 : {{1'd0}, dividendMSB_lo_23[1]}; // @[CircuitMath.scala 32:10]
  wire [1:0] _dividendMSB_T_80 = dividendMSB_lo_23[3] ? 2'h3 : _dividendMSB_T_79; // @[CircuitMath.scala 32:10]
  wire [1:0] dividendMSB_lo_24 = dividendMSB_hi_27 ? _dividendMSB_T_75 : _dividendMSB_T_80; // @[CircuitMath.scala 38:21]
  wire [2:0] _dividendMSB_T_81 = {dividendMSB_hi_27,dividendMSB_lo_24}; // @[Cat.scala 30:58]
  wire [3:0] dividendMSB_hi_28 = dividendMSB_lo_22[7:4]; // @[CircuitMath.scala 35:17]
  wire [3:0] dividendMSB_lo_25 = dividendMSB_lo_22[3:0]; // @[CircuitMath.scala 36:17]
  wire  dividendMSB_hi_29 = |dividendMSB_hi_28; // @[CircuitMath.scala 37:22]
  wire [1:0] _dividendMSB_T_85 = dividendMSB_hi_28[2] ? 2'h2 : {{1'd0}, dividendMSB_hi_28[1]}; // @[CircuitMath.scala 32:10]
  wire [1:0] _dividendMSB_T_86 = dividendMSB_hi_28[3] ? 2'h3 : _dividendMSB_T_85; // @[CircuitMath.scala 32:10]
  wire [1:0] _dividendMSB_T_90 = dividendMSB_lo_25[2] ? 2'h2 : {{1'd0}, dividendMSB_lo_25[1]}; // @[CircuitMath.scala 32:10]
  wire [1:0] _dividendMSB_T_91 = dividendMSB_lo_25[3] ? 2'h3 : _dividendMSB_T_90; // @[CircuitMath.scala 32:10]
  wire [1:0] dividendMSB_lo_26 = dividendMSB_hi_29 ? _dividendMSB_T_86 : _dividendMSB_T_91; // @[CircuitMath.scala 38:21]
  wire [2:0] _dividendMSB_T_92 = {dividendMSB_hi_29,dividendMSB_lo_26}; // @[Cat.scala 30:58]
  wire [2:0] dividendMSB_lo_27 = dividendMSB_hi_25 ? _dividendMSB_T_81 : _dividendMSB_T_92; // @[CircuitMath.scala 38:21]
  wire [3:0] _dividendMSB_T_93 = {dividendMSB_hi_25,dividendMSB_lo_27}; // @[Cat.scala 30:58]
  wire [3:0] dividendMSB_lo_28 = dividendMSB_hi_17 ? _dividendMSB_T_70 : _dividendMSB_T_93; // @[CircuitMath.scala 38:21]
  wire [4:0] _dividendMSB_T_94 = {dividendMSB_hi_17,dividendMSB_lo_28}; // @[Cat.scala 30:58]
  wire [4:0] dividendMSB_lo_29 = dividendMSB_hi_1 ? _dividendMSB_T_47 : _dividendMSB_T_94; // @[CircuitMath.scala 38:21]
  wire [5:0] dividendMSB = {dividendMSB_hi_1,dividendMSB_lo_29}; // @[Cat.scala 30:58]
  wire [5:0] _eOutPos_T_1 = dividendMSB - divisorMSB; // @[Multiplier.scala 153:35]
  wire [5:0] eOutPos = ~_eOutPos_T_1; // @[Multiplier.scala 153:21]
  wire  eOut_1 = _divby0_T & ~divby0 & eOutPos >= 6'h1; // @[Multiplier.scala 154:41]
  wire [126:0] _GEN_38 = {{63'd0}, remainder[63:0]}; // @[Multiplier.scala 156:39]
  wire [126:0] _remainder_T_2 = _GEN_38 << eOutPos; // @[Multiplier.scala 156:39]
  wire [128:0] _GEN_16 = eOut_1 ? {{2'd0}, _remainder_T_2} : unrolls_0; // @[Multiplier.scala 155:19 Multiplier.scala 156:19 Multiplier.scala 138:15]
  wire  _T_34 = io_resp_ready & io_resp_valid; // @[Decoupled.scala 40:37]
  wire  _T_36 = io_req_ready & io_req_valid; // @[Decoupled.scala 40:37]
  wire [5:0] _count_T_8 = cmdMul & _T_19 ? 6'h20 : 6'h0; // @[Multiplier.scala 169:38]
  wire [64:0] _divisor_T = {rhs_sign,hi_1,lo_1}; // @[Cat.scala 30:58]
  wire [2:0] _outMul_T_1 = state & 3'h1; // @[Multiplier.scala 176:23]
  wire  outMul = _outMul_T_1 == 3'h0; // @[Multiplier.scala 176:52]
  wire  _loOut_T = ~req_dw; // @[Multiplier.scala 79:60]
  wire [31:0] loOut = _loOut_T & outMul ? result[63:32] : result[31:0]; // @[Multiplier.scala 177:18]
  wire [31:0] _hiOut_T_4 = loOut[31] ? 32'hffffffff : 32'h0; // @[Bitwise.scala 72:12]
  wire [31:0] hiOut = _loOut_T ? _hiOut_T_4 : result[63:32]; // @[Multiplier.scala 178:18]
  assign io_req_ready = state == 3'h0; // @[Multiplier.scala 183:25]
  assign io_resp_valid = state == 3'h6 | state == 3'h7; // @[Multiplier.scala 182:42]
  assign io_resp_bits_data = {hiOut,loOut}; // @[Cat.scala 30:58]
  assign io_resp_bits_tag = req_tag; // @[Multiplier.scala 179:20]
  always @(posedge clock) begin
    if (reset) begin // @[Multiplier.scala 52:22]
      state <= 3'h0; // @[Multiplier.scala 52:22]
    end else if (_T_36) begin // @[Multiplier.scala 165:24]
      if (cmdMul) begin // @[Multiplier.scala 166:17]
        state <= 3'h2;
      end else if (lhs_sign | rhs_sign) begin // @[Multiplier.scala 166:36]
        state <= 3'h1;
      end else begin
        state <= 3'h3;
      end
    end else if (_T_34 | io_kill) begin // @[Multiplier.scala 162:36]
      state <= 3'h0; // @[Multiplier.scala 163:11]
    end else if (state == 3'h3) begin // @[Multiplier.scala 130:50]
      state <= _GEN_14;
    end else begin
      state <= _GEN_12;
    end
    if (_T_36) begin // @[Multiplier.scala 165:24]
      req_dw <= io_req_bits_dw; // @[Multiplier.scala 173:9]
    end
    if (_T_36) begin // @[Multiplier.scala 165:24]
      req_tag <= io_req_bits_tag; // @[Multiplier.scala 173:9]
    end
    if (_T_36) begin // @[Multiplier.scala 165:24]
      count <= {{1'd0}, _count_T_8}; // @[Multiplier.scala 169:11]
    end else if (state == 3'h3) begin // @[Multiplier.scala 130:50]
      if (eOut_1) begin // @[Multiplier.scala 155:19]
        count <= {{1'd0}, eOutPos}; // @[Multiplier.scala 157:15]
      end else begin
        count <= _count_T_1; // @[Multiplier.scala 145:11]
      end
    end else if (state == 3'h2) begin // @[Multiplier.scala 107:50]
      count <= _count_T_1; // @[Multiplier.scala 124:11]
    end
    if (_T_36) begin // @[Multiplier.scala 165:24]
      if (cmdHi) begin // @[Multiplier.scala 170:19]
        neg_out <= lhs_sign;
      end else begin
        neg_out <= lhs_sign != rhs_sign;
      end
    end else if (state == 3'h3) begin // @[Multiplier.scala 130:50]
      if (divby0 & _eOut_T_4) begin // @[Multiplier.scala 160:28]
        neg_out <= 1'h0; // @[Multiplier.scala 160:38]
      end
    end
    if (_T_36) begin // @[Multiplier.scala 165:24]
      isHi <= cmdHi; // @[Multiplier.scala 167:10]
    end
    if (_T_36) begin // @[Multiplier.scala 165:24]
      resHi <= 1'h0; // @[Multiplier.scala 168:11]
    end else if (state == 3'h3) begin // @[Multiplier.scala 130:50]
      if (count == 7'h40) begin // @[Multiplier.scala 139:38]
        resHi <= isHi; // @[Multiplier.scala 141:13]
      end else begin
        resHi <= _GEN_13;
      end
    end else begin
      resHi <= _GEN_13;
    end
    if (_T_36) begin // @[Multiplier.scala 165:24]
      divisor <= _divisor_T; // @[Multiplier.scala 171:13]
    end else if (state == 3'h1) begin // @[Multiplier.scala 93:57]
      if (divisor[63]) begin // @[Multiplier.scala 97:25]
        divisor <= subtractor; // @[Multiplier.scala 98:15]
      end
    end
    if (_T_36) begin // @[Multiplier.scala 165:24]
      remainder <= {{66'd0}, lhs_in}; // @[Multiplier.scala 172:15]
    end else if (state == 3'h3) begin // @[Multiplier.scala 130:50]
      remainder <= {{1'd0}, _GEN_16};
    end else if (state == 3'h2) begin // @[Multiplier.scala 107:50]
      remainder <= _remainder_T; // @[Multiplier.scala 122:15]
    end else if (state == 3'h5) begin // @[Multiplier.scala 102:57]
      remainder <= {{66'd0}, negated_remainder}; // @[Multiplier.scala 103:15]
    end else begin
      remainder <= _GEN_2;
    end
  end
// Register and memory initialization
`ifdef RANDOMIZE_GARBAGE_ASSIGN
`define RANDOMIZE
`endif
`ifdef RANDOMIZE_INVALID_ASSIGN
`define RANDOMIZE
`endif
`ifdef RANDOMIZE_REG_INIT
`define RANDOMIZE
`endif
`ifdef RANDOMIZE_MEM_INIT
`define RANDOMIZE
`endif
`ifndef RANDOM
`define RANDOM $random
`endif
`ifdef RANDOMIZE_MEM_INIT
  integer initvar;
`endif
`ifndef SYNTHESIS
`ifdef FIRRTL_BEFORE_INITIAL
`FIRRTL_BEFORE_INITIAL
`endif
initial begin
  `ifdef RANDOMIZE
    `ifdef INIT_RANDOM
      `INIT_RANDOM
    `endif
    `ifndef VERILATOR
      `ifdef RANDOMIZE_DELAY
        #`RANDOMIZE_DELAY begin end
      `else
        #0.002 begin end
      `endif
    `endif
`ifdef RANDOMIZE_REG_INIT
  _RAND_0 = {1{`RANDOM}};
  state = _RAND_0[2:0];
  _RAND_1 = {1{`RANDOM}};
  req_dw = _RAND_1[0:0];
  _RAND_2 = {1{`RANDOM}};
  req_tag = _RAND_2[4:0];
  _RAND_3 = {1{`RANDOM}};
  count = _RAND_3[6:0];
  _RAND_4 = {1{`RANDOM}};
  neg_out = _RAND_4[0:0];
  _RAND_5 = {1{`RANDOM}};
  isHi = _RAND_5[0:0];
  _RAND_6 = {1{`RANDOM}};
  resHi = _RAND_6[0:0];
  _RAND_7 = {3{`RANDOM}};
  divisor = _RAND_7[64:0];
  _RAND_8 = {5{`RANDOM}};
  remainder = _RAND_8[129:0];
`endif // RANDOMIZE_REG_INIT
  `endif // RANDOMIZE
end // initial
`ifdef FIRRTL_AFTER_INITIAL
`FIRRTL_AFTER_INITIAL
`endif
`endif // SYNTHESIS
endmodule